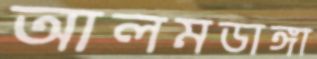
আলমডাঙ্গা